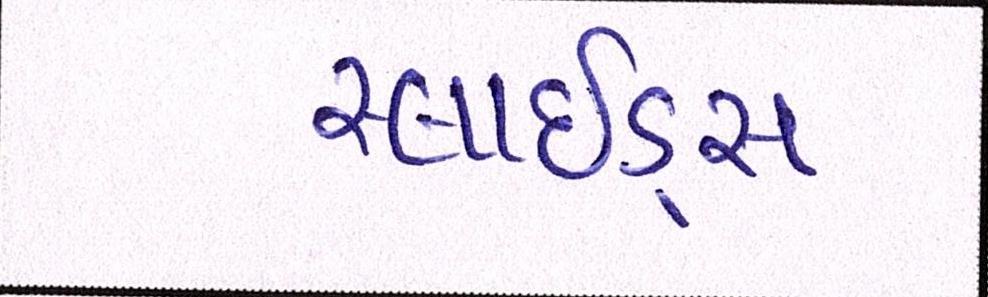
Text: સ્લાઇડ્સ